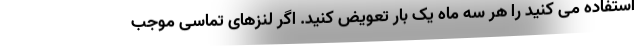
استفاده می کنید را هر سه ماه یک بار تعویض کنید. اگر لنزهای تماسی موجب